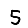
Digit: 5